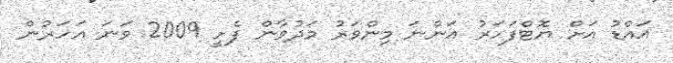
އައްޑު އަށް ޔޮޓްފަހަރު އަންނަ މިންވަރު މަދުވާން ފެށީ 2009 ވަނަ އަހަރުން